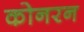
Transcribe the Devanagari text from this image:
कोनरन